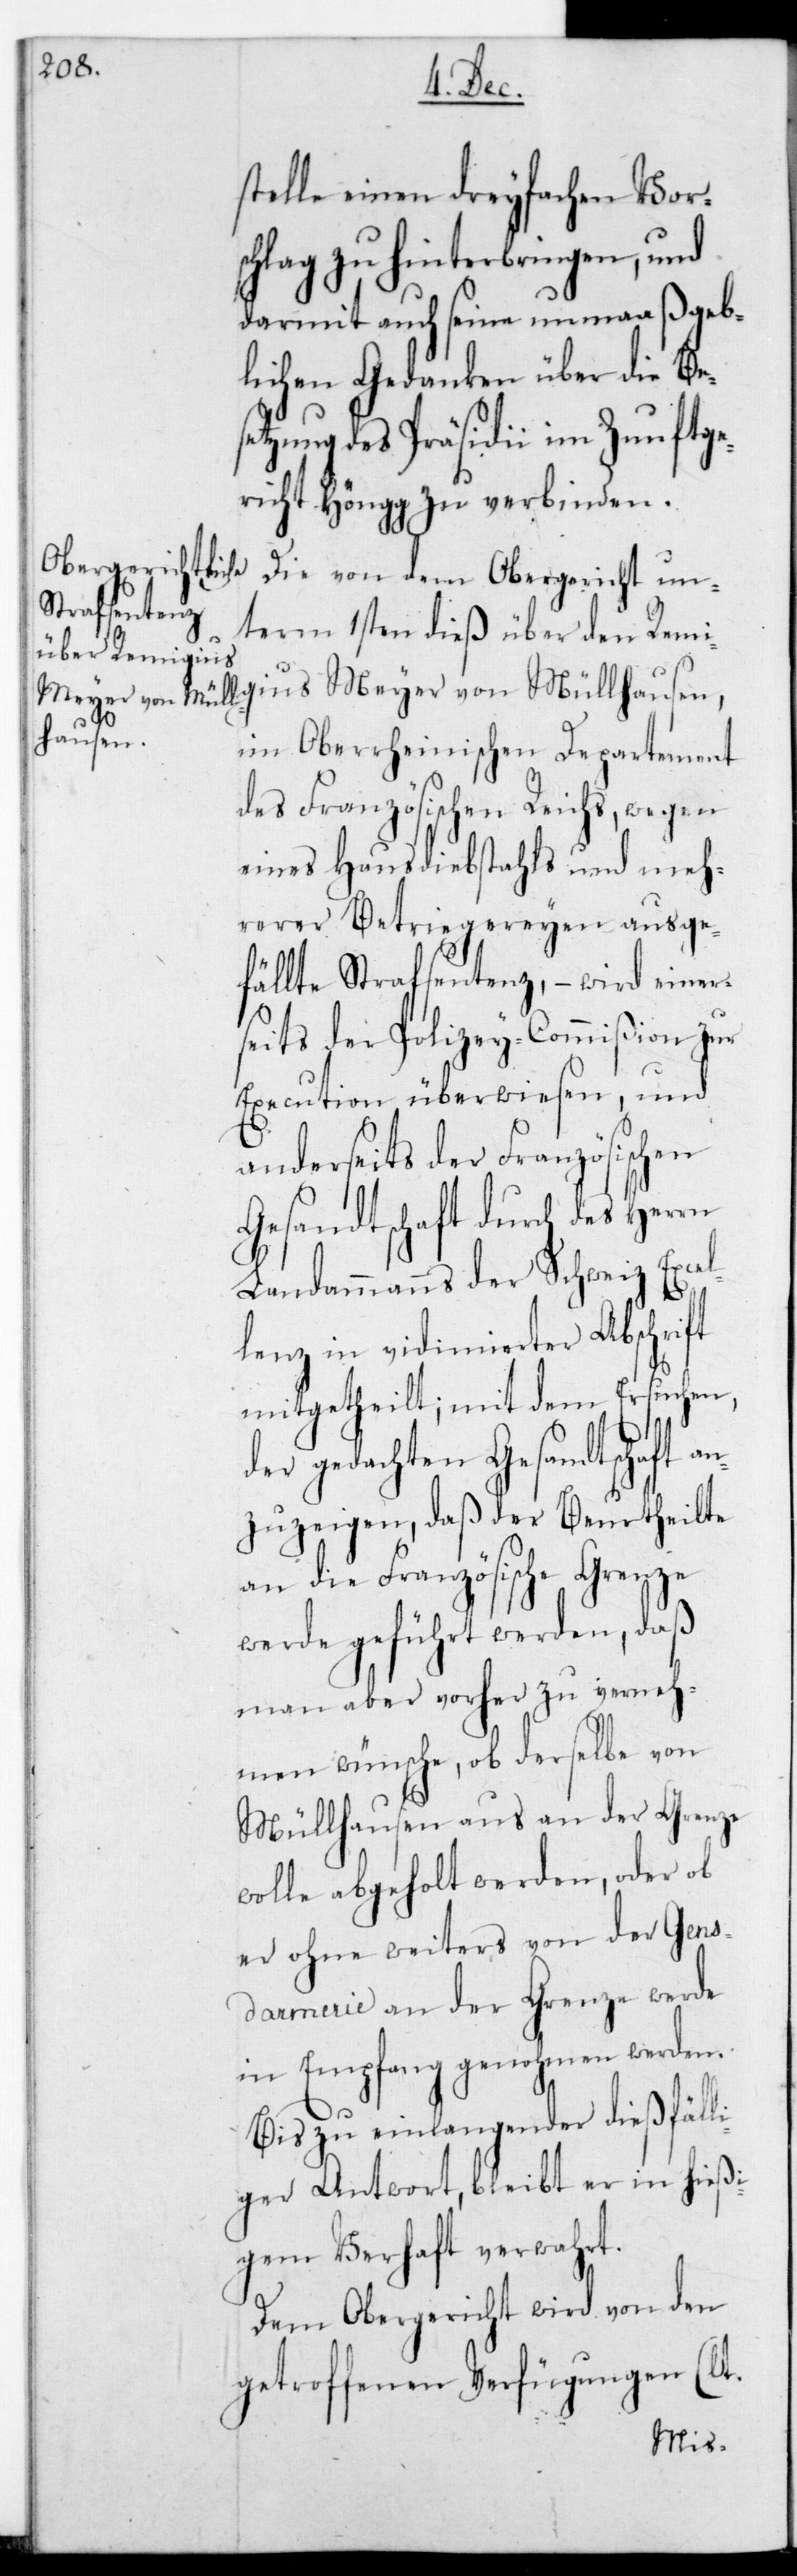
stelle einen dreyfachen Vors¬
chlag zu hinterbringen, und
darmit auf seine unmaaßgeb¬
liche Gedanken über die Bes¬
etzung des Präsidii im Zunftge¬
richt Höngg zu verbinden.
Die von dem Obergericht un¬
term 1sten dieß über den Remi¬
lhausen,
im oberrheinischen Departement
des Französischen Reichs, wegen
eines Hausdiebstahls und meh¬
rerer Betriegereien ausge¬
fällte Strafsentenz, – wird einer¬
seits der Polizeycommißion zu
Execution überwiesen, und
anderseits der Französischen
Gesandtschaft durch des Herrn
Landammanns der Schweiz Excel¬
lenz in vidimierter Abschrift
mitgetheilt; mit dem Ersuchen,
der gedachten Gesandtschaft a¬
nzuzeigen, daß der Beurtheilte
an die Französische Grenze
werde geführt werden, daß
man aber vorher zu verneh¬
men wünsche, ob derselbe von
Müllhausen aus an der Grenze
wolle abgeholt werden, oder ob
er ohne weiters von der Gen¬
darmerie an der Grenze werde
in Empfang genohmen werden.
Bis zu einlangender dießfäll¬
iger Antwort, bleibt er in hießi¬
gem Verhaft verwahrt.
Dem Obergericht wird von den
getroffenen Verfügungen
Mül¬